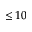
\leq 1 0